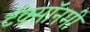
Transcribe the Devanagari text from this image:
टॅक्सॉनमी